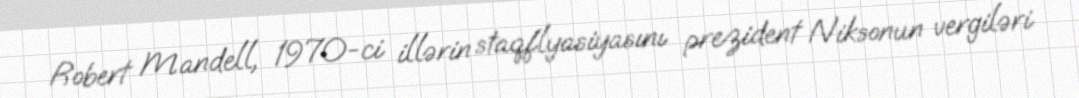
Robert Mandell, 1970-ci illərin staqflyasiyasını prezident Niksonun vergiləri